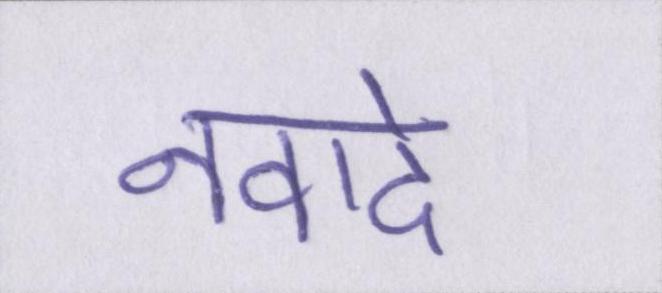
नवादे